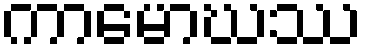
ကာမောဃဿ